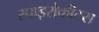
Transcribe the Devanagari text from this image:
स्पाइरोकीटस